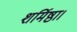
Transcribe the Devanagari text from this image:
शर्मिष्ठा।